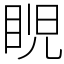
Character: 𥆩